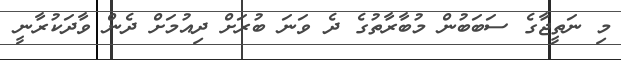
މި ނަތީޖާގެ ސަބަބުން މުބާރާތުގެ ދެ ވަނަ ބުރަށް ދިއުމަށް ދެން ވާދަކުރާނީ